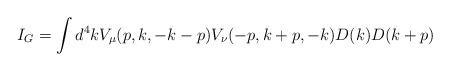
LaTeX: \begin{align*}I_G=\int d^4kV_\mu(p,k,-k-p)V_\nu(-p,k+p,-k)D(k)D(k+p)\end{align*}